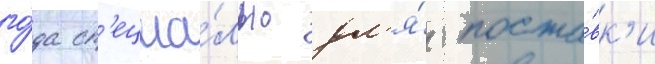
го́да сп'ециа́льно дл'я́ поста́вк'и